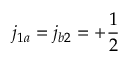
j _ { 1 a } = j _ { b 2 } = + \frac { 1 } { 2 }